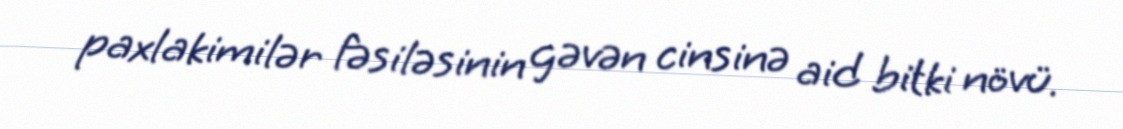
paxlakimilər fəsiləsinin gəvən cinsinə aid bitki növü.